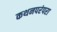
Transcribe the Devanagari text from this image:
कथनपरंपरा